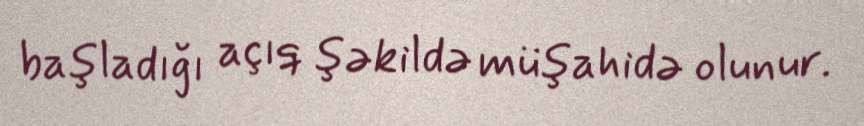
başladığı açıq şəkildə müşahidə olunur.